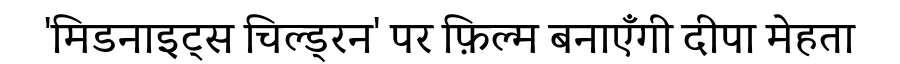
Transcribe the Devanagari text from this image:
'मिडनाइट्स चिल्ड्रन' पर फ़िल्म बनाएँगी दीपा मेहता